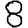
Digit: 8